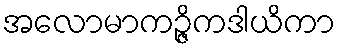
အလောမာကဉ္ဇိကဒါယိကာ